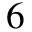
6